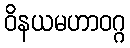
ဝိနယမဟာဝဂ္ဂ